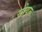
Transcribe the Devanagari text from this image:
सोयरू